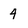
Character: 4